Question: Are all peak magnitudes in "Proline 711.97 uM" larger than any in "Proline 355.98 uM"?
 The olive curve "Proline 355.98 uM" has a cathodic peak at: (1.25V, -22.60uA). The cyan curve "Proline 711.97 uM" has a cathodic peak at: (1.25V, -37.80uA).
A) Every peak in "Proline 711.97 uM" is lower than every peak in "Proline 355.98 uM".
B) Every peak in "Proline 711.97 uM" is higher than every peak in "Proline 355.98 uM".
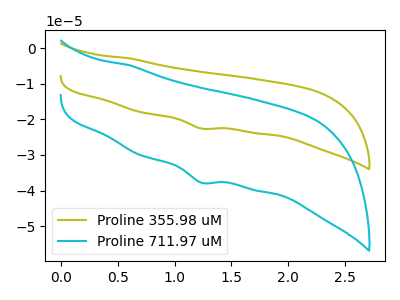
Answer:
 <answer>B) Every peak in "Proline 711.97 uM" is higher than every peak in "Proline 355.98 uM".</answer>
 <eval>B</eval>